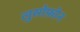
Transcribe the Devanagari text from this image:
लुसोफ़ोन